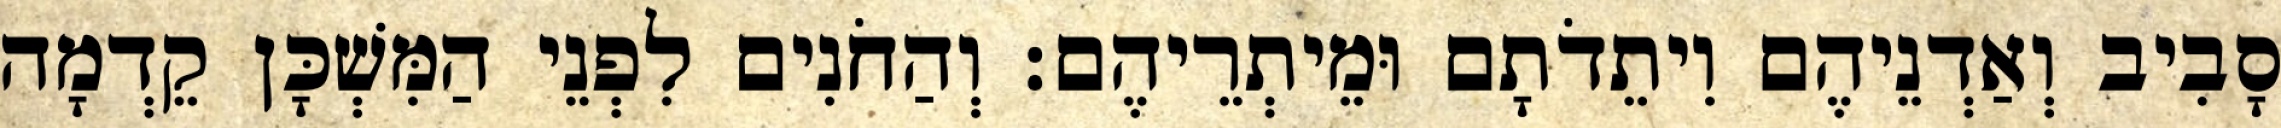
סָבִיב וְאַדְנֵיהֶם וִיתֵדֹתָם וּמֵיתְרֵיהֶם׃ וְהַחֹנִים לִפְנֵי הַמִּשְׁכָּן קֵדְמָה